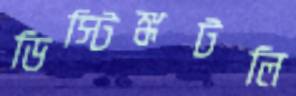
ডিস্টিঙ্কটলি